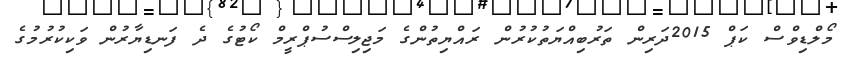
މޯލްޑިވްސް ކަޕް 2015ދަރިން ތަރުބިއްޔަތުކުރުން ރައްޔިތުންގެ މަޖިލިސްސުޕްރީމް ކޯޓުގެ ދެ ފަނޑިޔާރުން ވަކިކުރުމުގެ